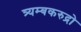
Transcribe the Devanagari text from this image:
त्र्यम्बकरुद्रो